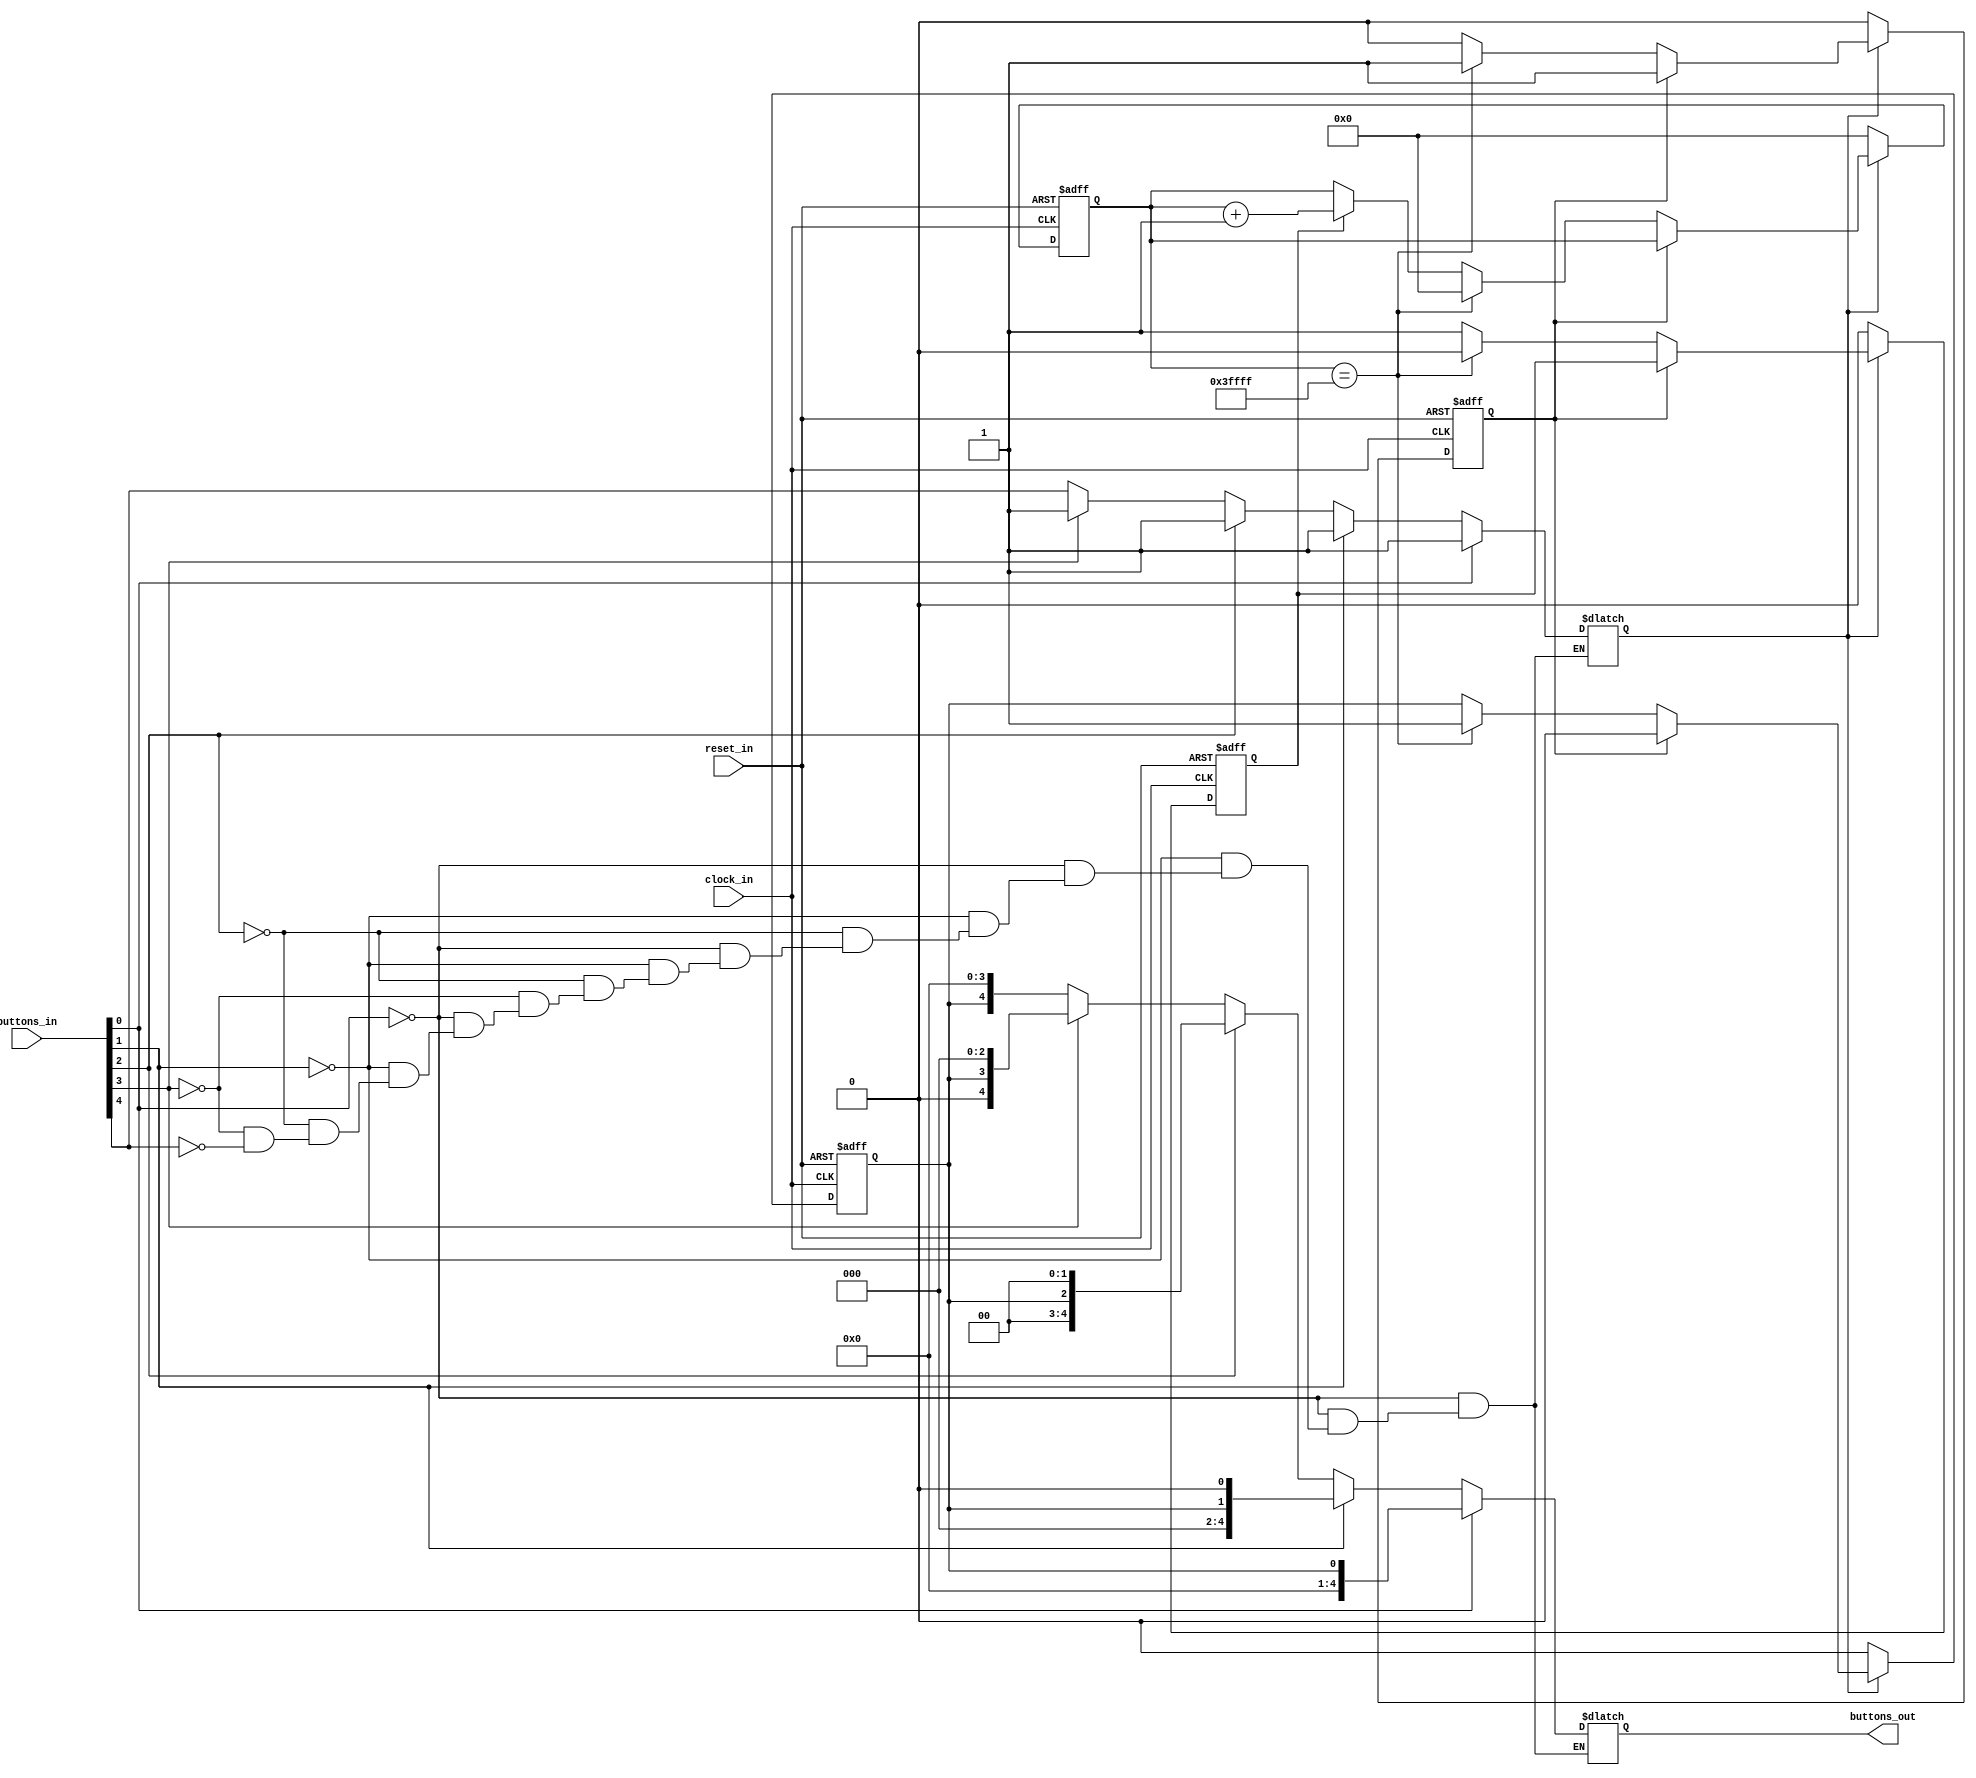
module debouncer(clock_in, reset_in, buttons_in, buttons_out);
    input clock_in;
    input reset_in;
    input [4:0] buttons_in;
    output reg [4:0] buttons_out = 5'b00000;
    
   
    reg deb_count_start = 1'b0;
    //reg [4:0] deb_count = 5'b00000;
    reg [17:0] deb_count = 18'b000000000000000000;
    reg output_exist = 1'b0;
    reg button_out = 1'b0;
    reg button_in;
    
     always @(*) begin
        if (buttons_in[0] == 1'b1) begin 
            button_in = buttons_in[0];
         end else if (buttons_in[1] == 1'b1) begin
            button_in = buttons_in[1];
        end else if (buttons_in[2] == 1'b1) begin
            button_in = buttons_in[2];
        end else if (buttons_in[3] == 1'b1) begin
            button_in = buttons_in[3];
        end else if (buttons_in[4] == 1'b1) begin
            button_in = buttons_in[4];
        end
    end //always
    
    //parameter[4:0] MIN = 5'b00000;
    //parameter[4:0] MAX = 5'b11111;
    parameter[17:0] MIN = 18'b000000000000000000;
    parameter[17:0] MAX = 18'b111111111111111111;
    always @(posedge clock_in or negedge reset_in) begin
        if (reset_in == 1'b0) begin
            button_out <= 1'b0;
            deb_count_start <= 1'b0;
            deb_count <= MIN;
            output_exist <= 1'b0;
        end else begin
            if (button_in == 1'b1) begin
                if (output_exist == 1'b1) begin
                    button_out <= 1'b0;
                end else begin
                    if (deb_count_start == 1'b0) begin
                        deb_count_start <= 1'b1;
                    end
                    if (deb_count_start == 1'b1) begin
                        deb_count <= deb_count + 1'b1;
                    end
                    if (deb_count == MAX) begin
                        button_out <= 1'b1;
                        deb_count_start <= 1'b0;
                        deb_count <= MIN;
                        output_exist <= 1'b1;
                    end
               end
            end else begin
                button_out <= 1'b0;
                deb_count_start <= 1'b0;
                deb_count <= MIN;
                output_exist <= 1'b0;
            end
        end //else
    end //always 
    
    always @(*) begin
        if (buttons_in[0] == 1'b1) begin 
            buttons_out = {4'b0000, button_out};
         end else if (buttons_in[1] == 1'b1) begin
            buttons_out = {4'b000, button_out, 1'b0};
        end else if (buttons_in[2] == 1'b1) begin
            buttons_out = {2'b00, button_out, 2'b00};
        end else if (buttons_in[3] == 1'b1) begin
            buttons_out = {1'b0, button_out, 3'b000};
        end else if (buttons_in[4] == 1'b1) begin
            buttons_out = {button_out, 4'b0000};
        end
    end //always
          
endmodule